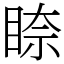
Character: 𥇧